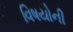
વિષયોની